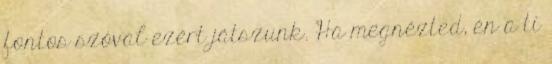
fontos szóval ezért játszunk. Ha megnézted, én a ti